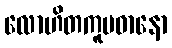
လောဟိတကူပဓာနော